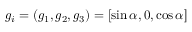
g _ { i } = ( g _ { 1 } , g _ { 2 } , g _ { 3 } ) = [ \sin \alpha , 0 , \cos \alpha ]